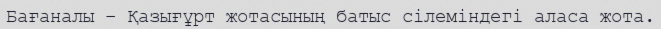
Бағаналы – Қазығұрт жотасының батыс сілеміндегі аласа жота.